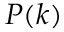
P ( k )